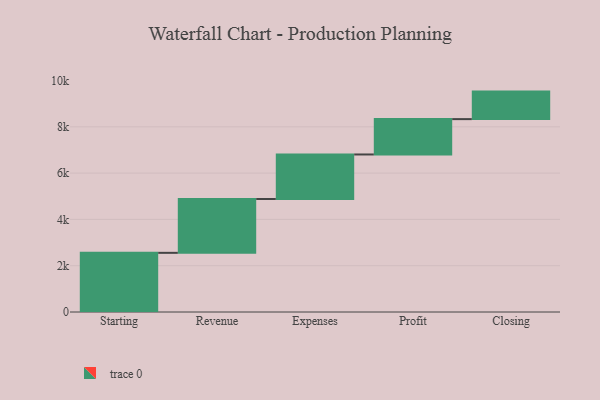
{"axis": {"x": "Step", "y": "Value"}, "legend": [""], "data": [{"x": "Starting", "y": 2556.0, "type": ""}, {"x": "Revenue", "y": 2327.0, "type": ""}, {"x": "Expenses", "y": 1923.0, "type": ""}, {"x": "Profit", "y": 1527.0, "type": ""}, {"x": "Closing", "y": 1189.0, "type": ""}]}